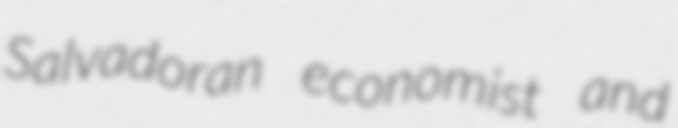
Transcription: Salvadoran economist and